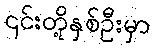
၎င်းတို့နှစ်ဦးမှာ